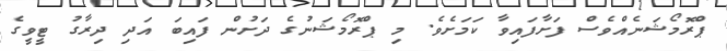
ޕްރޮމޯޝަނެއްވެސް ފަށާފައިވާ ކަމަށެވެ. މި ޕްރޮމޯޝަނުގެ ދަށުން ފައިބަ އަދި ދިރާގު ޓީވީގެ